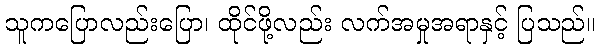
သူကပြောလည်းပြော၊ ထိုင်ဖို့လည်း လက်အမှုအရာနှင့် ပြသည်။